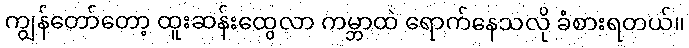
ကျွန်တော်တော့ ထူးဆန်းထွေလာ ကမ္ဘာထဲ ရောက်နေသလို ခံစားရတယ်။